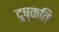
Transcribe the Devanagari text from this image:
दुष्‍कति